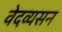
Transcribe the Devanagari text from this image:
वेदव्यसन